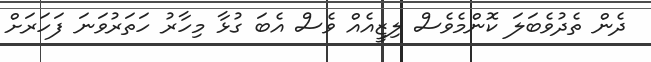
ދެން ތެދުވެބަލަ ކޮންމެވެސް ލިޒީއެއް ވެސް އެބަ ގުޅާ މިހާރު ހަތަރުވަނަ ފަހަރަށް